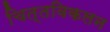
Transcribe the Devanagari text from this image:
चित्तविकलन